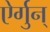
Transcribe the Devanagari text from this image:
ऐर्गुन्